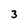
Character: 3